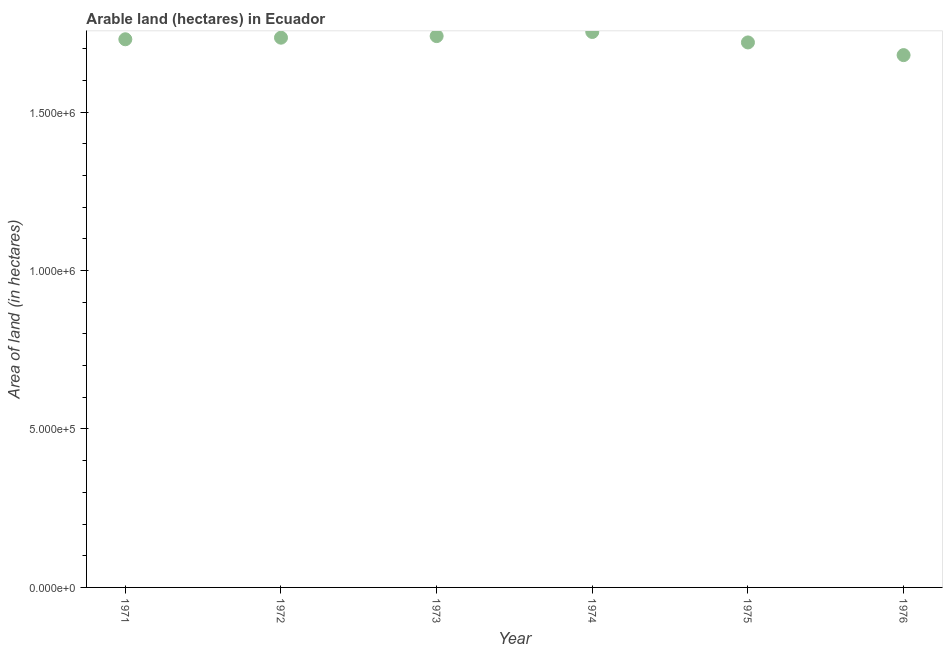
| Year | Area of land |
 | --- | --- |
 | 1971 | 1.73e+06 |
 | 1972 | 1.74e+06 |
 | 1973 | 1.74e+06 |
 | 1974 | 1.75e+06 |
 | 1975 | 1.72e+06 |
 | 1976 | 1.68e+06 |